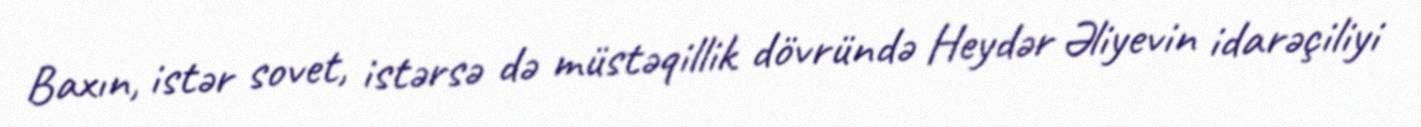
Baxın, istər sovet, istərsə də müstəqillik dövründə Heydər Əliyevin idarəçiliyi